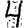
Digit: 4